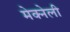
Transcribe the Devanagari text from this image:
मेक्नेली